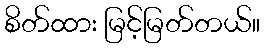
စိတ်ထား မြင့်မြတ်တယ်။